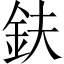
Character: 鈇